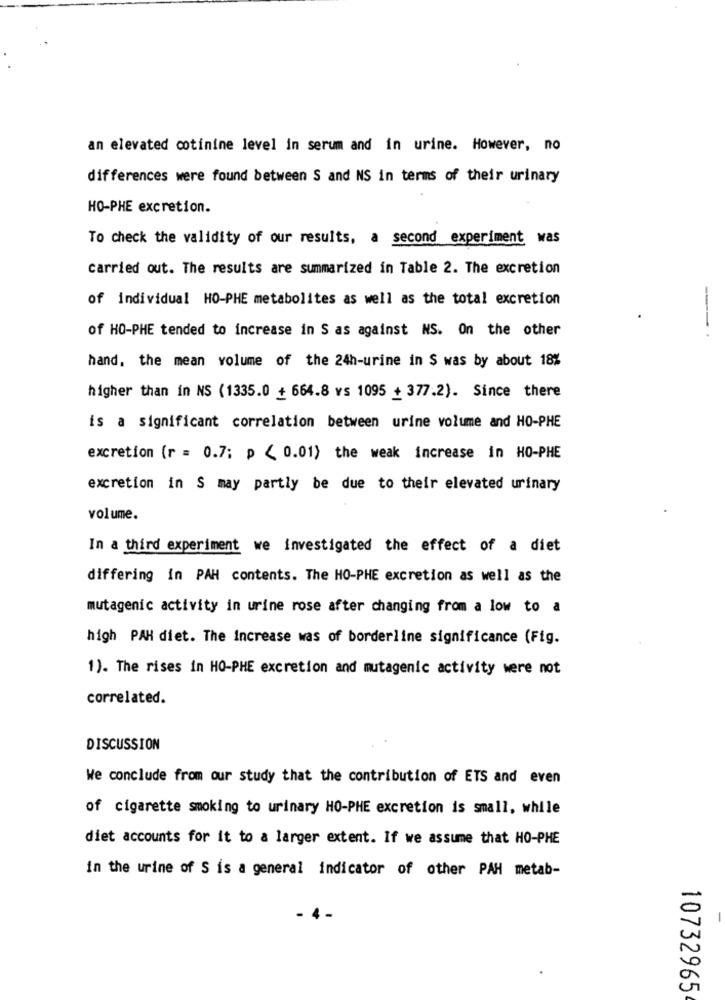
an elevated cotinine level in serum and in urine. However, no
differences were found between S and NS in terms of their urinary
HO-PHE excretion.
To check the validity of our results, a second experiment was
carried out. The results are summarized in Table 2. The excretion
of individual HO-PHE metabolites as well as the total excretion
of HO-PHE tended to increase in S as against NS. On the other
-.
hand. the mean volume of the 24h-urine in S was by about 18%
higher than in NS (1335.0 + 664.8 vs 1095 + 377.2). Since there
is a significant correlation between urine volume and HO-PHE
excretion (r = 0.7; p < 0.01) the weak increase in HO-PHE
excretion in S may partly be due to their elevated urinary
volume.
In a third experiment we investigated the effect of a diet
differing in PAH contents. The HO-PHE excretion as well as the
mutagenic activity in urine rose after changing from a low to a
high PAH diet. The increase was of borderline significance (Fig.
1). The rises in HO-PHE excretion and mutagenic activity were not
correlated.
DISCUSSION
We conclude from our study that the contribution of ETS and even
of cigarette smoking to urinary HO-PHE excretion is small, while
diet accounts for it to a larger extent. If we assume that HO-PHE
in the urine of S is a general indicator of other PAH metab-
- 4
10732965